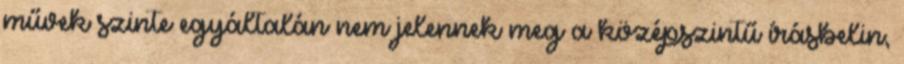
művek szinte egyáltalán nem jelennek meg a középszintű írásbelin,